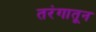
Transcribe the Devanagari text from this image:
तरंगातून